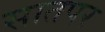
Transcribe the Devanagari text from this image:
सातपर